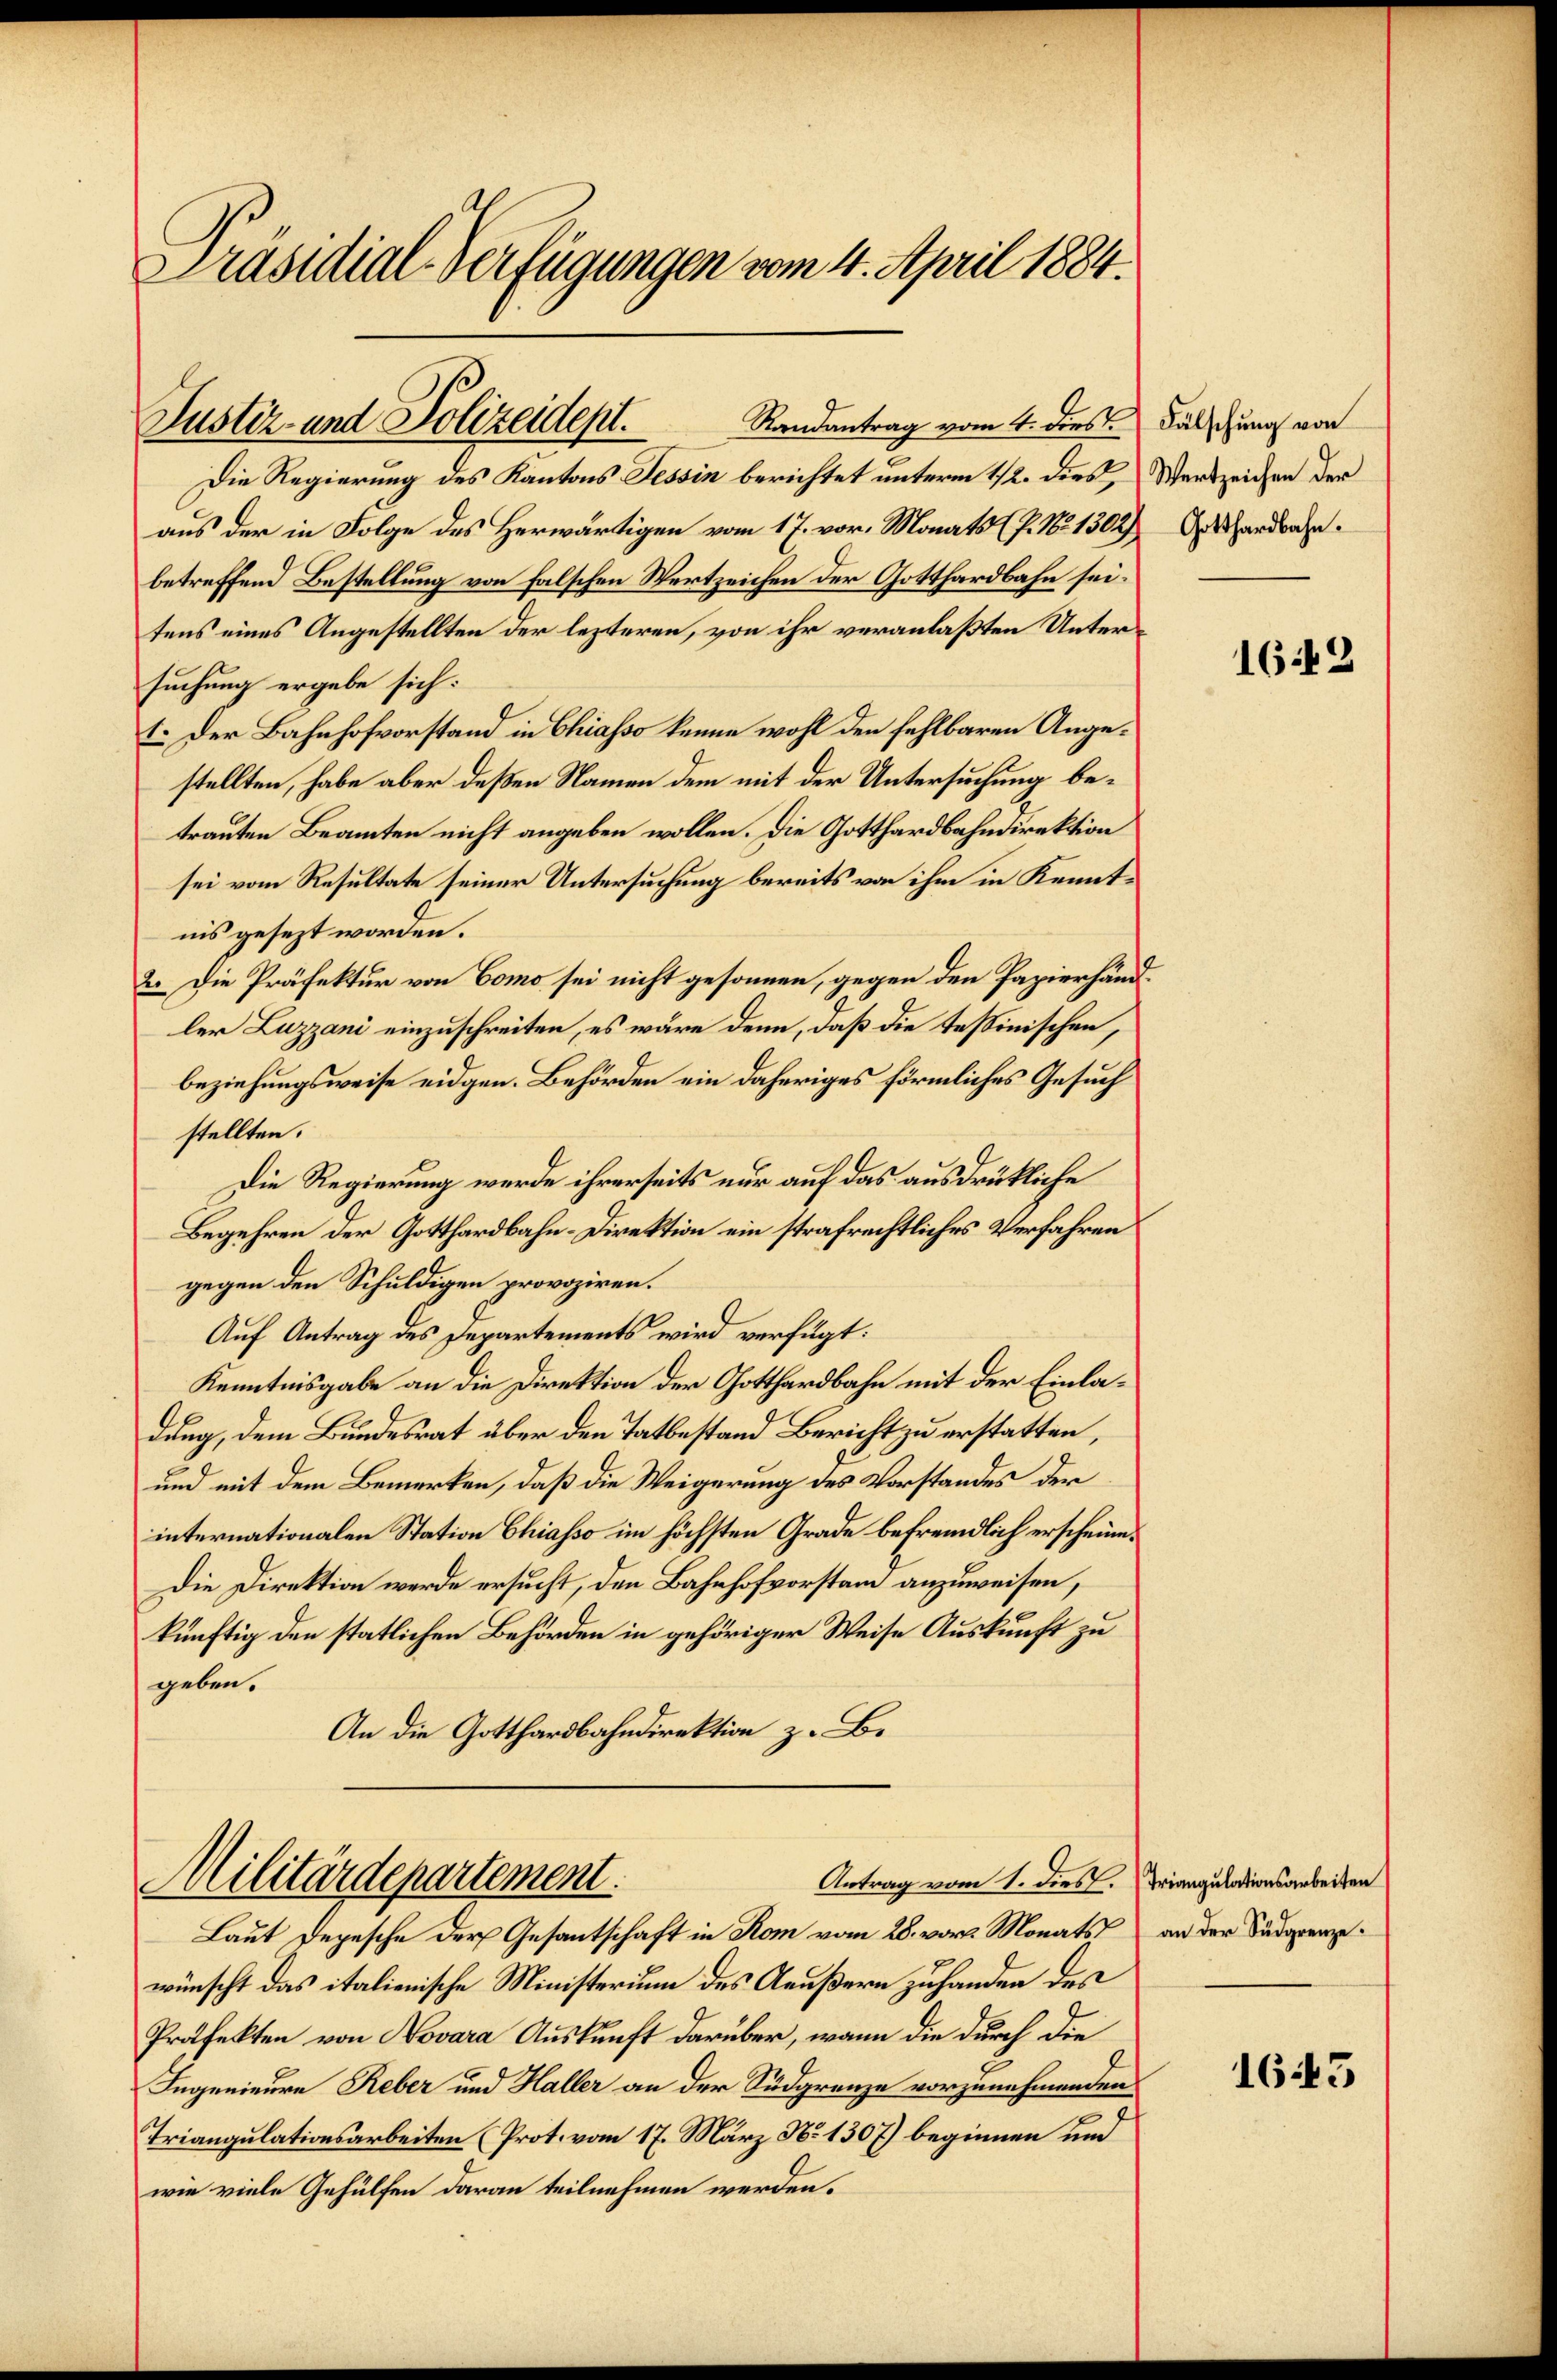
Präsidial-Verfügungen vom 4. April 1884.

Justiz- und Polizeidept.

Die Regierung des Kantons Tessin berichtet unterm 12. dies, Werszeichen der
aus der in Folge des Herwärtigen vom 17. vor. Monats (P. Nr. 1302) Erhardbahn.
betreffend Bestellung von falschen Wertzeichen der Gotthardbahn sei.
tens eines Angestellten der lezteren, von ihr veranlaßten Untersuchung ergebe sich:
1. Der Bahnhofvorstand in Chiasso kenne wohl den fehlbaren Angestellten, habe aber deßen Namen dem mit der Untersuchung betrauten Beamten nicht angeben wollen. Die Gotthardbahndirektion
sei vom Resultate seiner Untersuchung bereits von ihm in Kenntnis gesezt worden.
2. Die Präfektur von Como sei nicht gesonnen, gegen den Papierhandler Luzzani einzuschreiten, es wäre denn, daß die tessinischen,
beziehungsweise eidgen. Behörden ein daheriges förmliches Gesuch
stellten.
Die Regierung werde ihrerseits nur auf das ausdrückliche
Begehren der Gotthardbahn-Direktion ein strafrechtliches Verfahren
gegen den Schuldigen provoziren.
Auf Antrag des Departements wird verfügt:
Kenntnisgabe an die Direktion der Gotthardbahn mit der Einladung, dem Bundesrat über den Tatbestand Bericht zu erstatten,
und mit dem Bemerken, daß die Weigerung des Vorstandes der
internationalen Station Chiasso im höchsten Grade befremdlich erscheine¬
Die Direktion werde ersucht, den Bahnhofvorstand anzuweisen,
künftig den statlichen Behörden in gehöriger Weise Auskunft zu
geben.
An die Gotthardbahndirektion z. B.

Randantrag vom 4. dies Fälschung von

Antrag vom 1. dies. Triangulationsarbeiten
MMilitärdepartement.

Laut Depesche der Gesantschaft in Rom vom 28. vor Monats an der Sudgrenze
wünscht das italienische Ministerium des Aeußern zuhanden des
Präfekten von Novara Auskunft darüber, wenn die durch die
Ingenieure Reber und Haller an der Südgrenze vorzunehmenden
Triangulationsarbeiten (Prot. vom 17. März No 1307) beginnen und
wie viele Gehülfen daran teilnehmen werden.

1642

1645